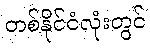
တစ်နိုင်ငံလုံးတွင်